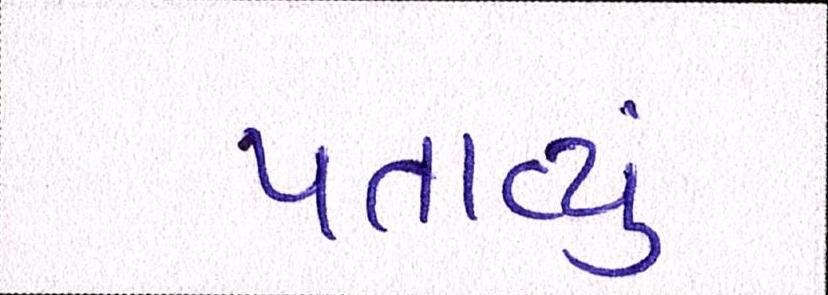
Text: પતાવ્યું